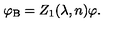
\varphi _ { \mathrm { B } } = Z _ { 1 } ( \lambda , n ) \varphi .